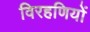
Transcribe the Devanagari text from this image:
विरहणियों